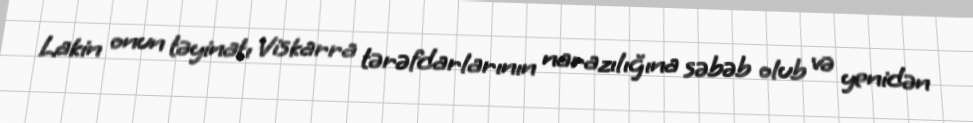
Lakin onun təyinatı Viskarra tərəfdarlarının narazılığına səbəb olub və yenidən